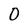
Character: 0